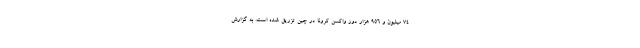
۷۴ میلیون و ۹۵۶ هزار دوز واکسن کرونا در چین تزریق شده است. به گزارش